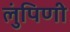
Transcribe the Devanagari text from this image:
लुंपिणी